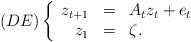
LaTeX: \begin{align*}(DE)\left\{\begin{array}{rcl}z_{t+1} & = & A_t z_t + e_t\\z_1 & = & \zeta.\end{array}\right.\end{align*}